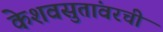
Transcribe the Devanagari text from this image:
केशवसुतांवरची